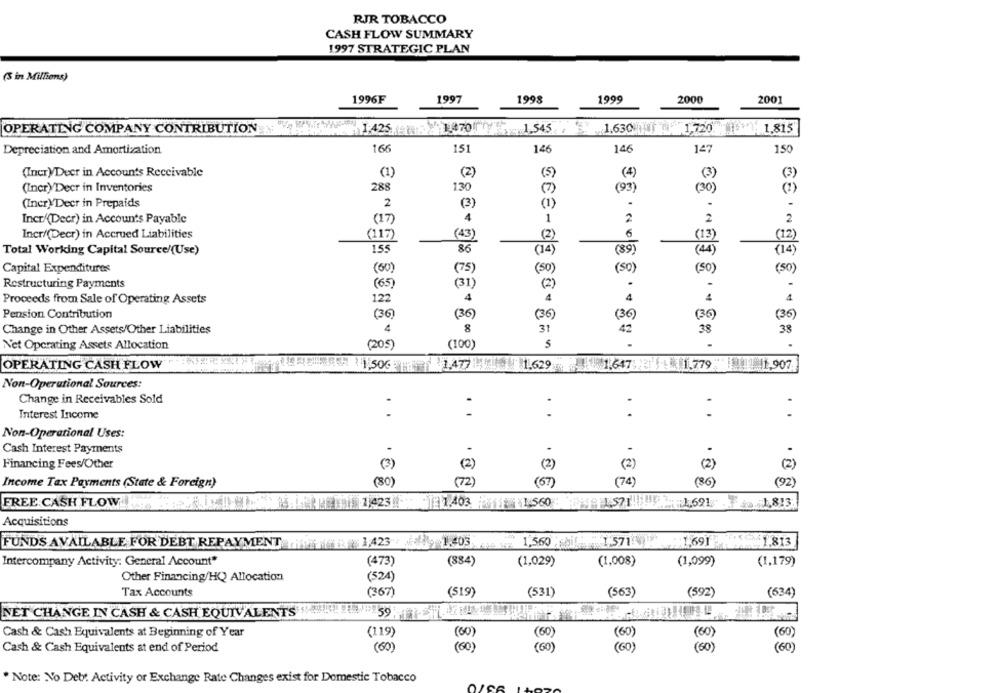
RJR TOBACCO
CASH FLOW SUMMARY
1997 STRATEGIC PLAN
(3 in Millions)
1996F
1997
1998
1999
2000
2001
OPERATING COMPANY CONTRIBUTION
1:425 70 1.545, 1,630 I "1.720
1.815
Depreciation and Amortization
166
151
146
14
147
150
(Incr)/Decr in Accounts Receivable
(3)
(1)
(2)
(5)
( 30 )
(Incr) Decr in Inventories
288
130
(7)
(3)
(2)
(Incr)'Decr in Prepaids
2
(3)
(1)
Incr/(Decr) in Accounts Payable
4
1
2
2
2
( 17)
Incr/(Decr) in Accrued Liabilities
(01)
6
(13)
(12)
(11)
(43)
(2)
Total Working Capital Source/(Use)
155
86
(89)
( A )
(14)
Capital Expenditures
(60)
(5)
(75)
(50)
(50)
(50)
Restructuring Payments
( 65)
(31)
(2)
Proceeds from Sale of Operating Assets
122
4
Pension Contribution
(36)
(36)
(36)
(36
36)
(36)
Change in Other Assets/Other Liabilities
4
8
31
38
Net Operating Assets Allocation
(205)
(100)
OPERATING CASH FLOW
1,50€ 1.4771.629 1.647 ' 1.779 TIL 1.907
Non-Operational Sources:
Change in Receivables Sold
Interest Income
..
..
Non-Operational Uses:
Cash Interest Payments
.
Financing Fees/Other
(3)
(2)
(2)
(2)
(2 )
(2 )
Income Tax Payments (State & Foreign)
(80)
(72)
(67)
(74)
(86)
(92)
.. ...
.. ...
FREE CASH FLOW
21423 TE1.403 1 1 560 : 571 5 1691 1.813
Acquisitions
1,560 1.571 1.69]
1.813
FUNDS AVAILABLE FOR DEBT REPAYMENT 1,423 1.403.
Intercompany Activity: General Account"
(473)
(1,029)
(884)
(1,008)
(1,099)
(1,179)
Other Financing/HQ Allocation
(524)
Tax Accounts
(36)
(519)
(531)
(563)
(592)
(634)
NET CHANGE IN CASH & CASH EQUIVALENTS
55
88
Cash & Cash Equivalents at Beginning of Year
(119)
(60)
(80)
(60)
Cash & Cash Equivalents at end of Period
(60)
( 60)
(60)
" Note: No Deby. Activity or Exchange Rate Changes exist for Domestic Tobacco